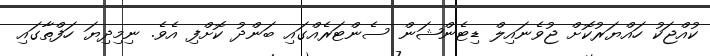
ކުއްޖަކު ހައްޔަރުކޮށް ޖުވެނައިލް ޑިޓެންޝަން ސެންޓަރެއްގައި ބަންދު ކޮށްފި އެވެ. ނިމިދިޔަ ހަފްތާގައި